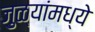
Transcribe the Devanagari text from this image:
जुळ्यांमध्ये